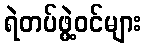
ရဲတပ်ဖွဲ့ဝင်များ